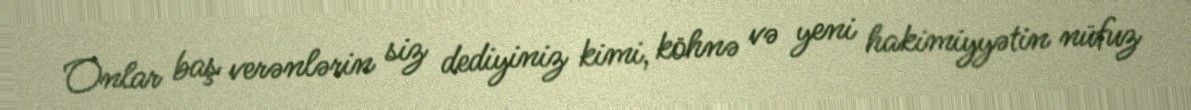
Onlar baş verənlərin siz dediyiniz kimi, köhnə və yeni hakimiyyətin nüfuz